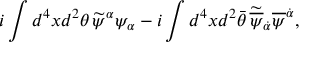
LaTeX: i \int d ^ { 4 } x d ^ { 2 } \theta \, \widetilde \psi ^ { \alpha } \psi _ { \alpha } - i \int d ^ { 4 } x d ^ { 2 } \bar { \theta } \, \widetilde { \overline { { \psi } } } _ { \dot { \alpha } } \overline { { \psi } } ^ { \dot { \alpha } } ,